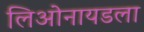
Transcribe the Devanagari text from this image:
लिओनायडला